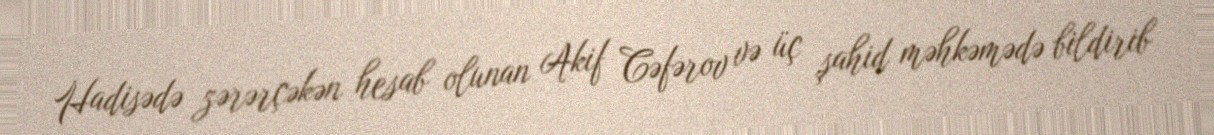
Hadisədə zərərçəkən hesab olunan Akif Cəfərov və üç şahid məhkəmədə bildirib